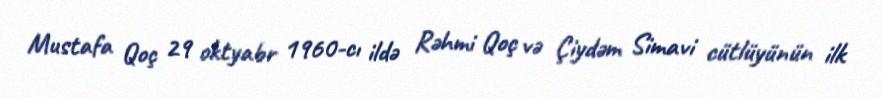
Mustafa Qoç 29 oktyabr 1960-cı ildə Rəhmi Qoç və Çiydəm Simavi cütlüyünün ilk